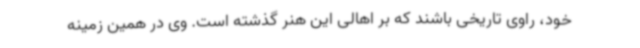
خود، راوی تاریخی باشند که بر اهالی این هنر گذشته است. وی در همین زمینه